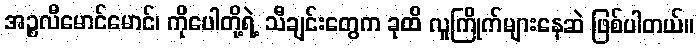
အဉ္စလီမောင်မောင်၊ ကိုပေါတို့ရဲ့ သီချင်းတွေက ခုထိ လူကြိုက်များနေဆဲ ဖြစ်ပါတယ်။